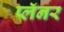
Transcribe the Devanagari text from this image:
प्लॅनर